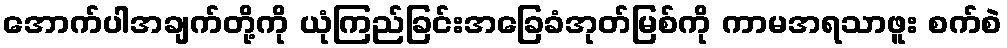
အောက်ပါအချက်တို့ကို ယုံကြည်ခြင်းအခြေခံအုတ်မြစ်ကို ကာမအရသာဖူး စက်စဲ